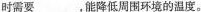
时需要___，能降低周围环境的温度。